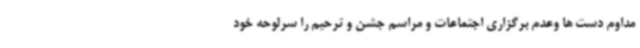
مداوم دست ها وعدم برگزاری اجتماعات و مراسم جشن و ترحیم را سرلوحه خود